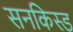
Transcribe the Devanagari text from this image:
सनकिस्ड